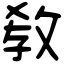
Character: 敎